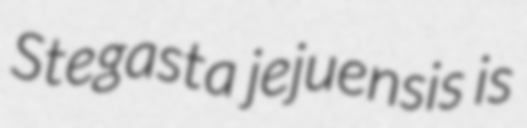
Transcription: Stegasta jejuensis is